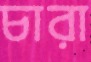
চারা